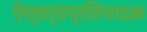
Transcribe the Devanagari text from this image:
ऐश्वर्यप्रतिपादक